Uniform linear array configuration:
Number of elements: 4
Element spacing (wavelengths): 0.5
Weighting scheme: cosine
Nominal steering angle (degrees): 15
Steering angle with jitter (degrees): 16.841
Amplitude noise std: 0.05
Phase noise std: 0.05

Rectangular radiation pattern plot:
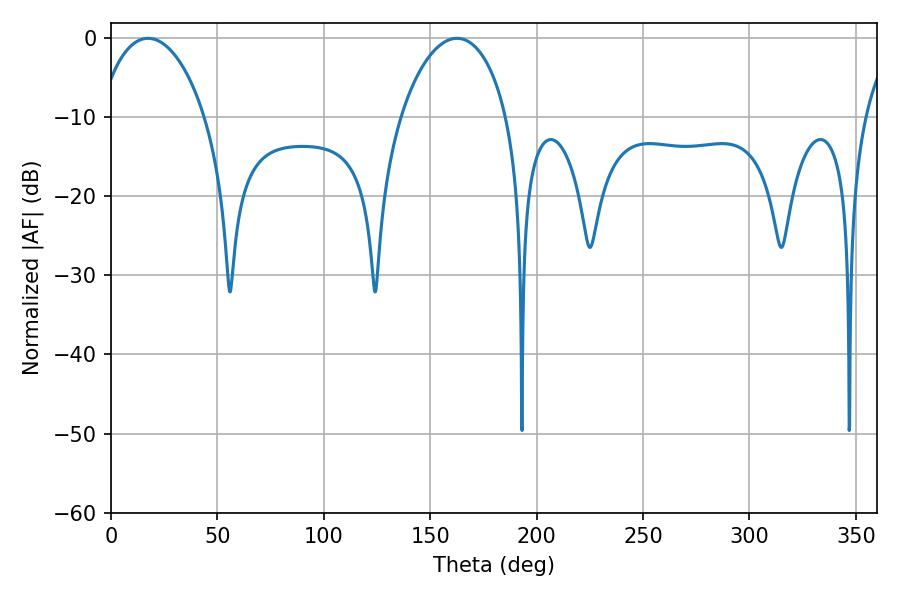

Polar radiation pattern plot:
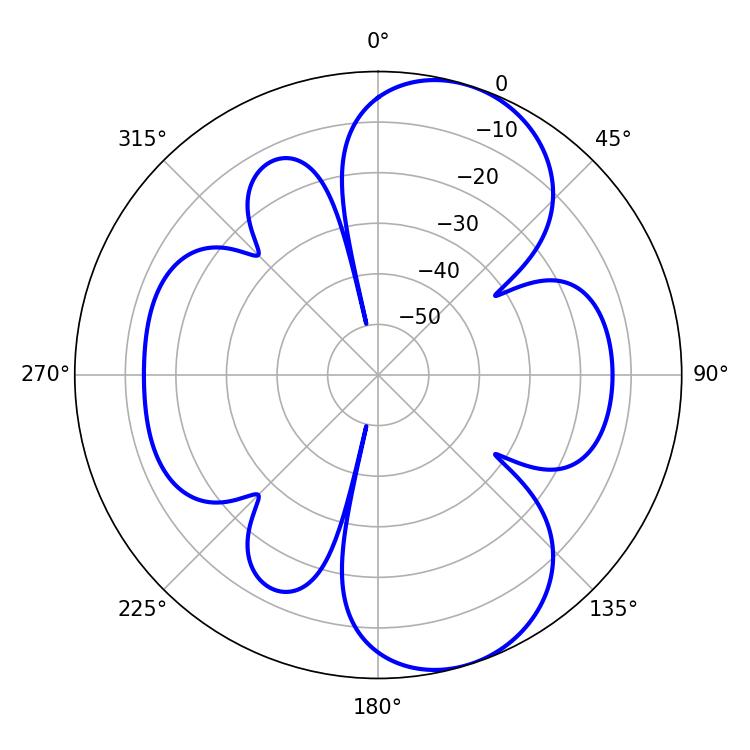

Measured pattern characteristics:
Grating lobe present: FALSE
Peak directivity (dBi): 8.393
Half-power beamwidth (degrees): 28.44
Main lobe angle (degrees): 17.46